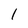
Character: 1